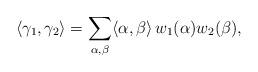
LaTeX: \begin{align*}\langle\gamma_1,\gamma_2\rangle=\sum_{\alpha,\beta}\langle\alpha,\beta\rangle\,w_1(\alpha)w_2(\beta),\end{align*}